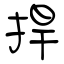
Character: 捍